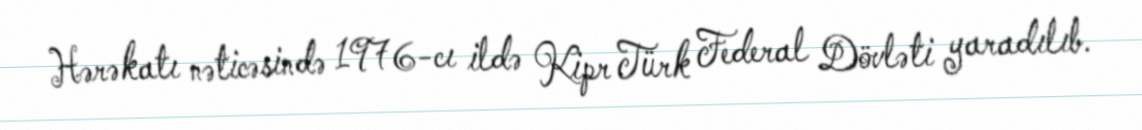
Hərəkatı nəticəsində 1976-cı ildə Kipr Türk Federal Dövləti yaradılıb.